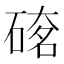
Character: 𥔇